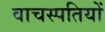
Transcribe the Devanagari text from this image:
वाचस्पतियों